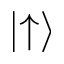
\left\vert \uparrow \right\rangle